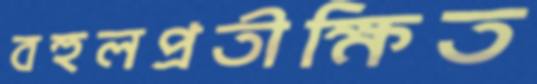
বহুলপ্রতীক্ষিত